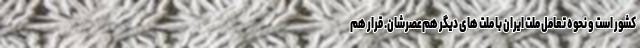
کشور است و نحوه تعامل ملت ایران با ملت های دیگر هم‌عصرشان. قرار هم